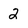
Character: 2